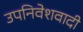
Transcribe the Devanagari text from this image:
उपनिवेशवादी